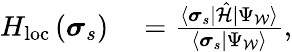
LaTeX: \begin{array}{rl}{H_{\mathrm{loc}}\left(\boldsymbol{\sigma}_{s}\right)}&{{}=\frac{\langle\boldsymbol{\sigma}_{s}|\hat{\mathcal{H}}|\Psi_{\mathcal{W}}\rangle}{\langle\boldsymbol{\sigma}_{s}|\Psi_{\mathcal{W}}\rangle},}\end{array}